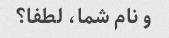
و نام شما، لطفا؟